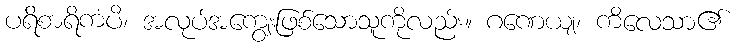
ပရိစာရိကံပိ၊ အလုပ်အကျွေးဖြစ်သောသူကိုလည်း။ ဂဏေယျ၊ ကိလေသာ၏